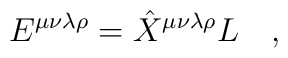
E^{\mu\nu\lambda\rho}=\hat{X}^{\mu\nu\lambda\rho} L~~~,